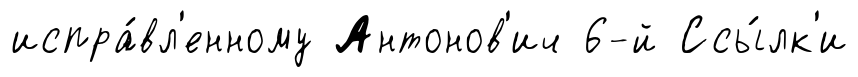
испра́вл'енному Антонов'ич 6-й Ссы́лк'и